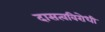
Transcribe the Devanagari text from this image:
दासत्वविरोधी